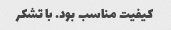
کیفیت مناسب بود. با تشکر